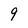
Character: 9